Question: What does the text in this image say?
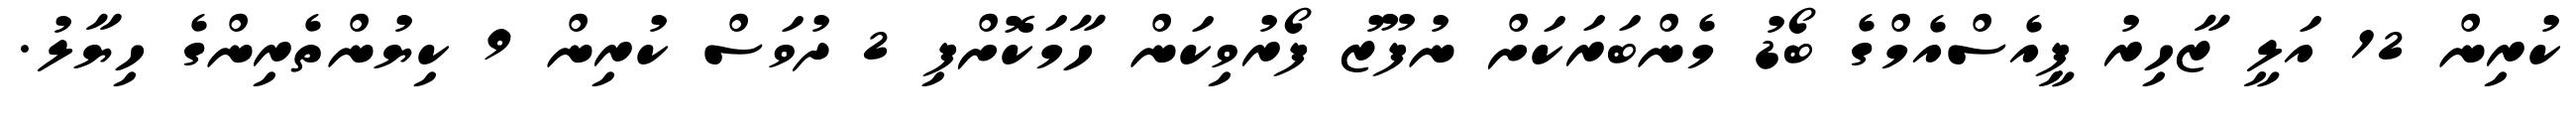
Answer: ކުރިން 12 އަލީ ޒާހިރު ޕީއެސްއެމްގެ ބޯޑު މެންބަރަކަށް ނުފޫޒު ފޯރުވިކަން ހާމަކޮށްފި 2 ދުވަސް ކުރިން 9 ކިޔުންތެރިންގެ ހިޔާލު.